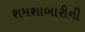
શમશાબારીની